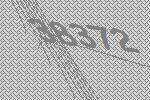
38372